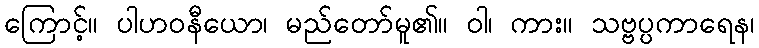
ကြောင့်။ ပါဟဝနီယော၊ မည်တော်မူ၏။ ဝါ၊ ကား။ သဗ္ဗပ္ပကာရေန၊